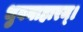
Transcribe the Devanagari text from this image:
भुवनाहारम्‌।